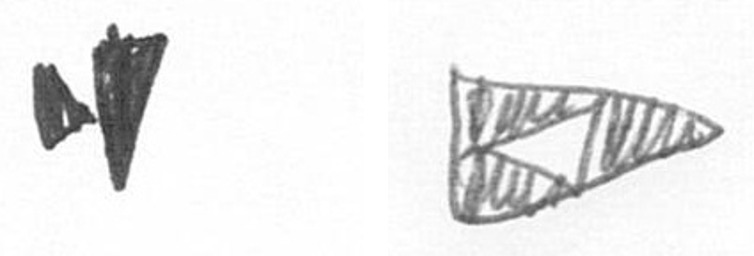
M K